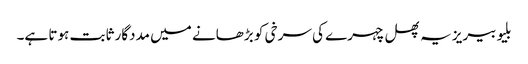
بلیو بیریز یہ پھل چہرے کی سرخی کو بڑھانے میں مددگار ثابت ہوتا ہے۔